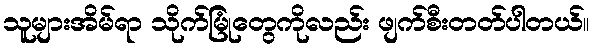
သူများအိမ်ရာ သိုက်မြုံတွေကိုလည်း ဖျက်စီးတတ်ပါတယ်။